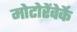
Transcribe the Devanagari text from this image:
मोटोरेंवेर्के